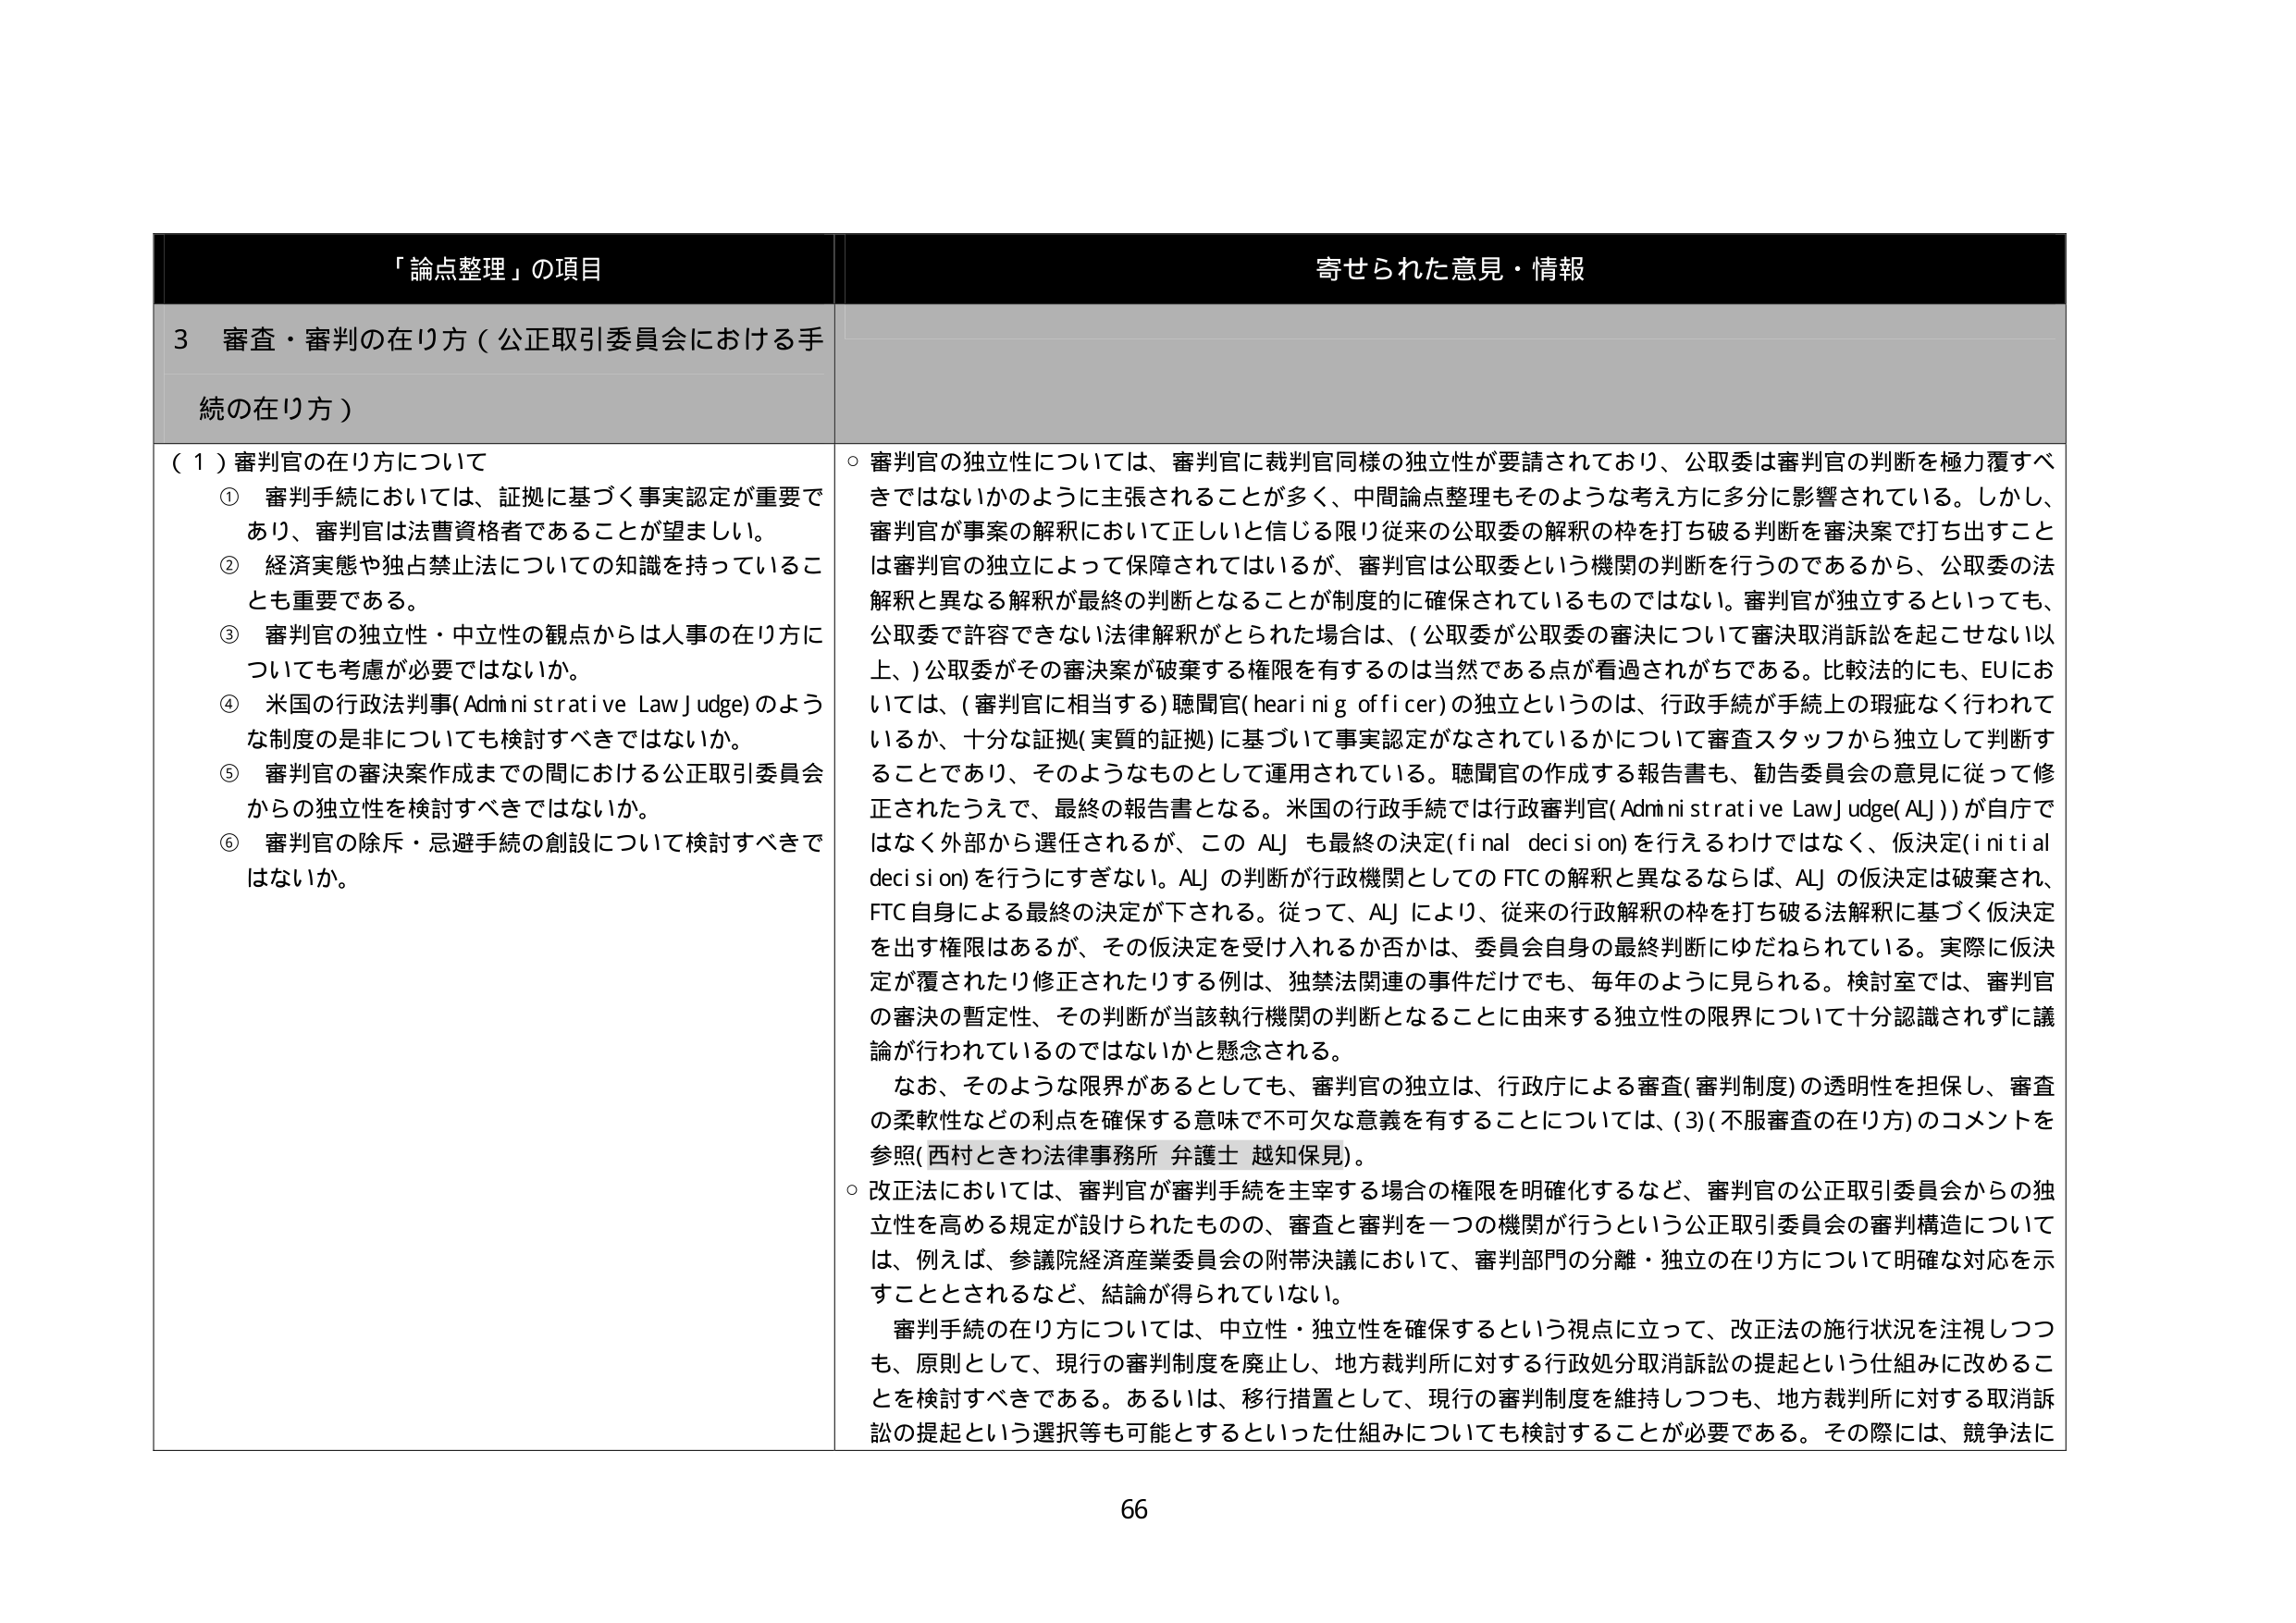
「論点整理」の項目

3 審査・審判の在り方（公正取引委員会における手続の在り方）

（１）審判官の在り方について
① 審判手続においては、証拠に基づく事実認定が重要であり、審判官は法曹資格者であることが望ましい。
② 経済実態や独占禁止法についての知識を持っていることも重要である。
③ 審判官の独立性・中立性の観点からは人事の在り方についても考慮が必要ではないか。
④ 米国の行政法判事(Administrative Law Judge)のような制度の是非についても検討すべきではないか。
⑤ 審判官の審決案作成までの間における公正取引委員会からの独立性を検討すべきではないか。
⑥ 審判官の除斥・忌避手続の創設について検討すべきではないか。

寄せられた意見・情報

○ 審判官の独立性については、審判官に裁判官同様の独立性が要請されており、公取委は審判官の判断を極力覆すべきではないかのように主張されることが多く、中間論点整理もそのような考え方に多分に影響されている。しかし、審判官が事案の解釈において正しいと信じる限り従来の公取委の解釈の枠を打ち破る判断を審決案で打ち出すことは審判官の独立によって保障されてはいるが、審判官は公取委という機関の判断を行うのであるから、公取委の法解釈と異なる解釈が最終の判断となることが制度的に確保されているものではない。審判官が独立するといっても、公取委で許容できない法律解釈がとられた場合は、（公取委が公取委の審決について審決取消訴訟を起こせない以上、）公取委がその審決案が破棄する権限を有するのは当然である点が看過されがちである。比較法的にも、EUにおいては、（審判官に相当する）聴聞官(hearing officer)の独立というのは、行政手続が手続上の瑕疵なく行われているか、十分な証拠（実質的証拠）に基づいて事実認定がなされているかについて審査スタッフから独立して判断することであり、そのようなものとして運用されている。聴聞官の作成する報告書も、勧告委員会の意見に従って修正されたうえで、最終の報告書となる。米国の行政手続では行政審判官(Administrative Law Judge(ALJ))が自任ではなく外部から選任されるが、このALJも最終の決定(final decision)を行えるわけではなく、仮決定(initial decision)を行うにすぎない。ALJの判断が行政機関としてのFTCの解釈と異なるならば、ALJの仮決定は破棄され、FTC自身による最終の決定が下される。従って、ALJにより、従来の行政解釈の枠を打ち破る法解釈に基づく仮決定を出す権限はあるが、その仮決定を受け入れるか否かは、委員会自身の最終判断にゆだねられている。実際に仮決定が覆されたり修正されたりする例は、独禁法関連の事件だけでも、毎年のように見られる。検討室では、審判官の審決の暫定性、その判断が当該執行機関の判断となることに由来する独立性の限界について十分認識されずに議論が行われているのではないかと懸念される。

なお、そのような限界があるとしても、審判官の独立は、行政庁による審査（審判制度）の透明性を担保し、審査の柔軟性などの利点を確保する意味で不可欠な意義を有することについては、（3）（不服審査の在り方）のコメントを参照（西村ときわ法律事務所 弁護士 越知保見）。

○ 改正法においては、審判官が審判手続を主宰する場合の権限を明確化するなど、審判官の公正取引委員会からの独立性を高める規定が設けられたものの、審査と審判を一つの機関が行うという公正取引委員会の審判構造については、例えば、参議院経済産業委員会の附帯決議において、審判部門の分離・独立の在り方について明確な対応を示すこととされるなど、結論が得られていない。

審判手続の在り方については、中立性・独立性を確保するという視点に立って、改正法の施行状況を注視しつつも、原則として、現行の審判制度を廃止し、地方裁判所に対する行政処分取消訴訟の提起という仕組みに改めるべきである。あるいは、移行措置として、現行の審判制度を維持しつつも、地方裁判所に対する取消訴訟の提起という選択等も可能とするといった仕組みについても検討することが必要である。その際には、競争法に

66